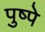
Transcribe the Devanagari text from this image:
पुष्पे